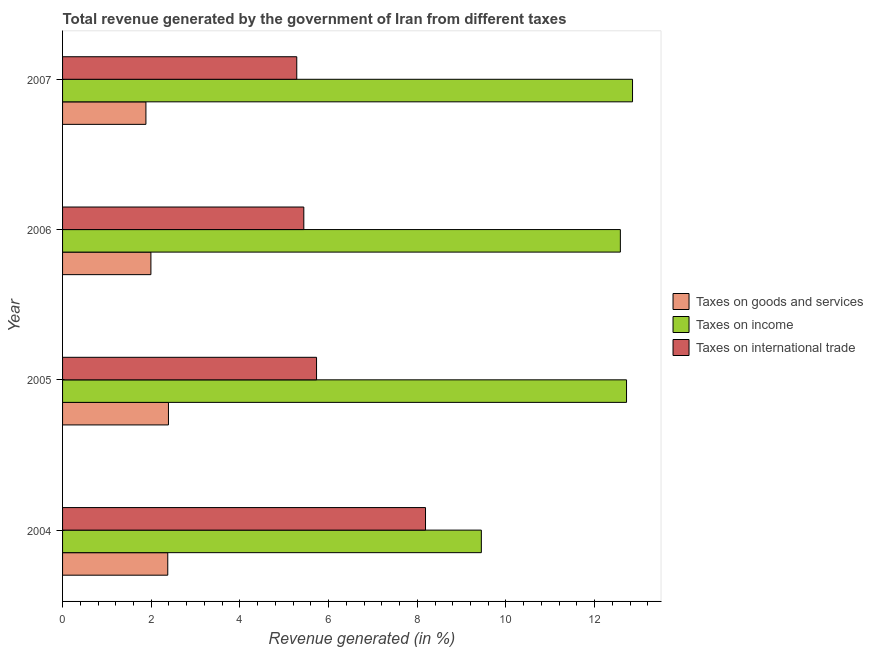
| Year | Taxes on goods and services | Taxes on income | Taxes on international trade |
 | --- | --- | --- | --- |
 | 2004 | 2.37 | 9.45 | 8.19 |
 | 2005 | 2.39 | 12.7 | 5.73 |
 | 2006 | 1.99 | 12.6 | 5.44 |
 | 2007 | 1.88 | 12.9 | 5.28 |